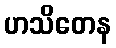
ဟသိတေန